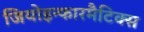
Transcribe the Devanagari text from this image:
जियोइन्फारमैटिक्स